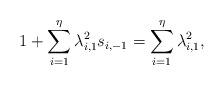
LaTeX: \begin{align*}1+\sum_{i=1}^{\eta} \lambda_{i,1}^{2}s_{i,-1} = \sum_{i=1}^{\eta} \lambda_{i,1}^{2},\end{align*}